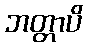
ဘတ္တာပိ